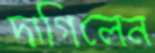
দাগিলেন